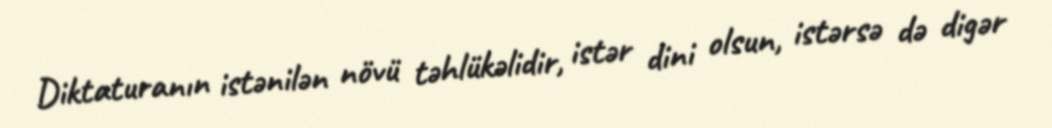
Diktaturanın istənilən növü təhlükəlidir, istər dini olsun, istərsə də digər